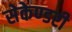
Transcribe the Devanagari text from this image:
सेकेण्‍डरी